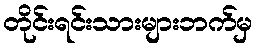
တိုင်းရင်းသားများဘက်မှ